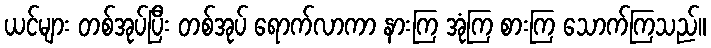
ယင်များ တစ်အုပ်ပြီး တစ်အုပ် ရောက်လာကာ နားကြ အုံကြ စားကြ သောက်ကြသည်။